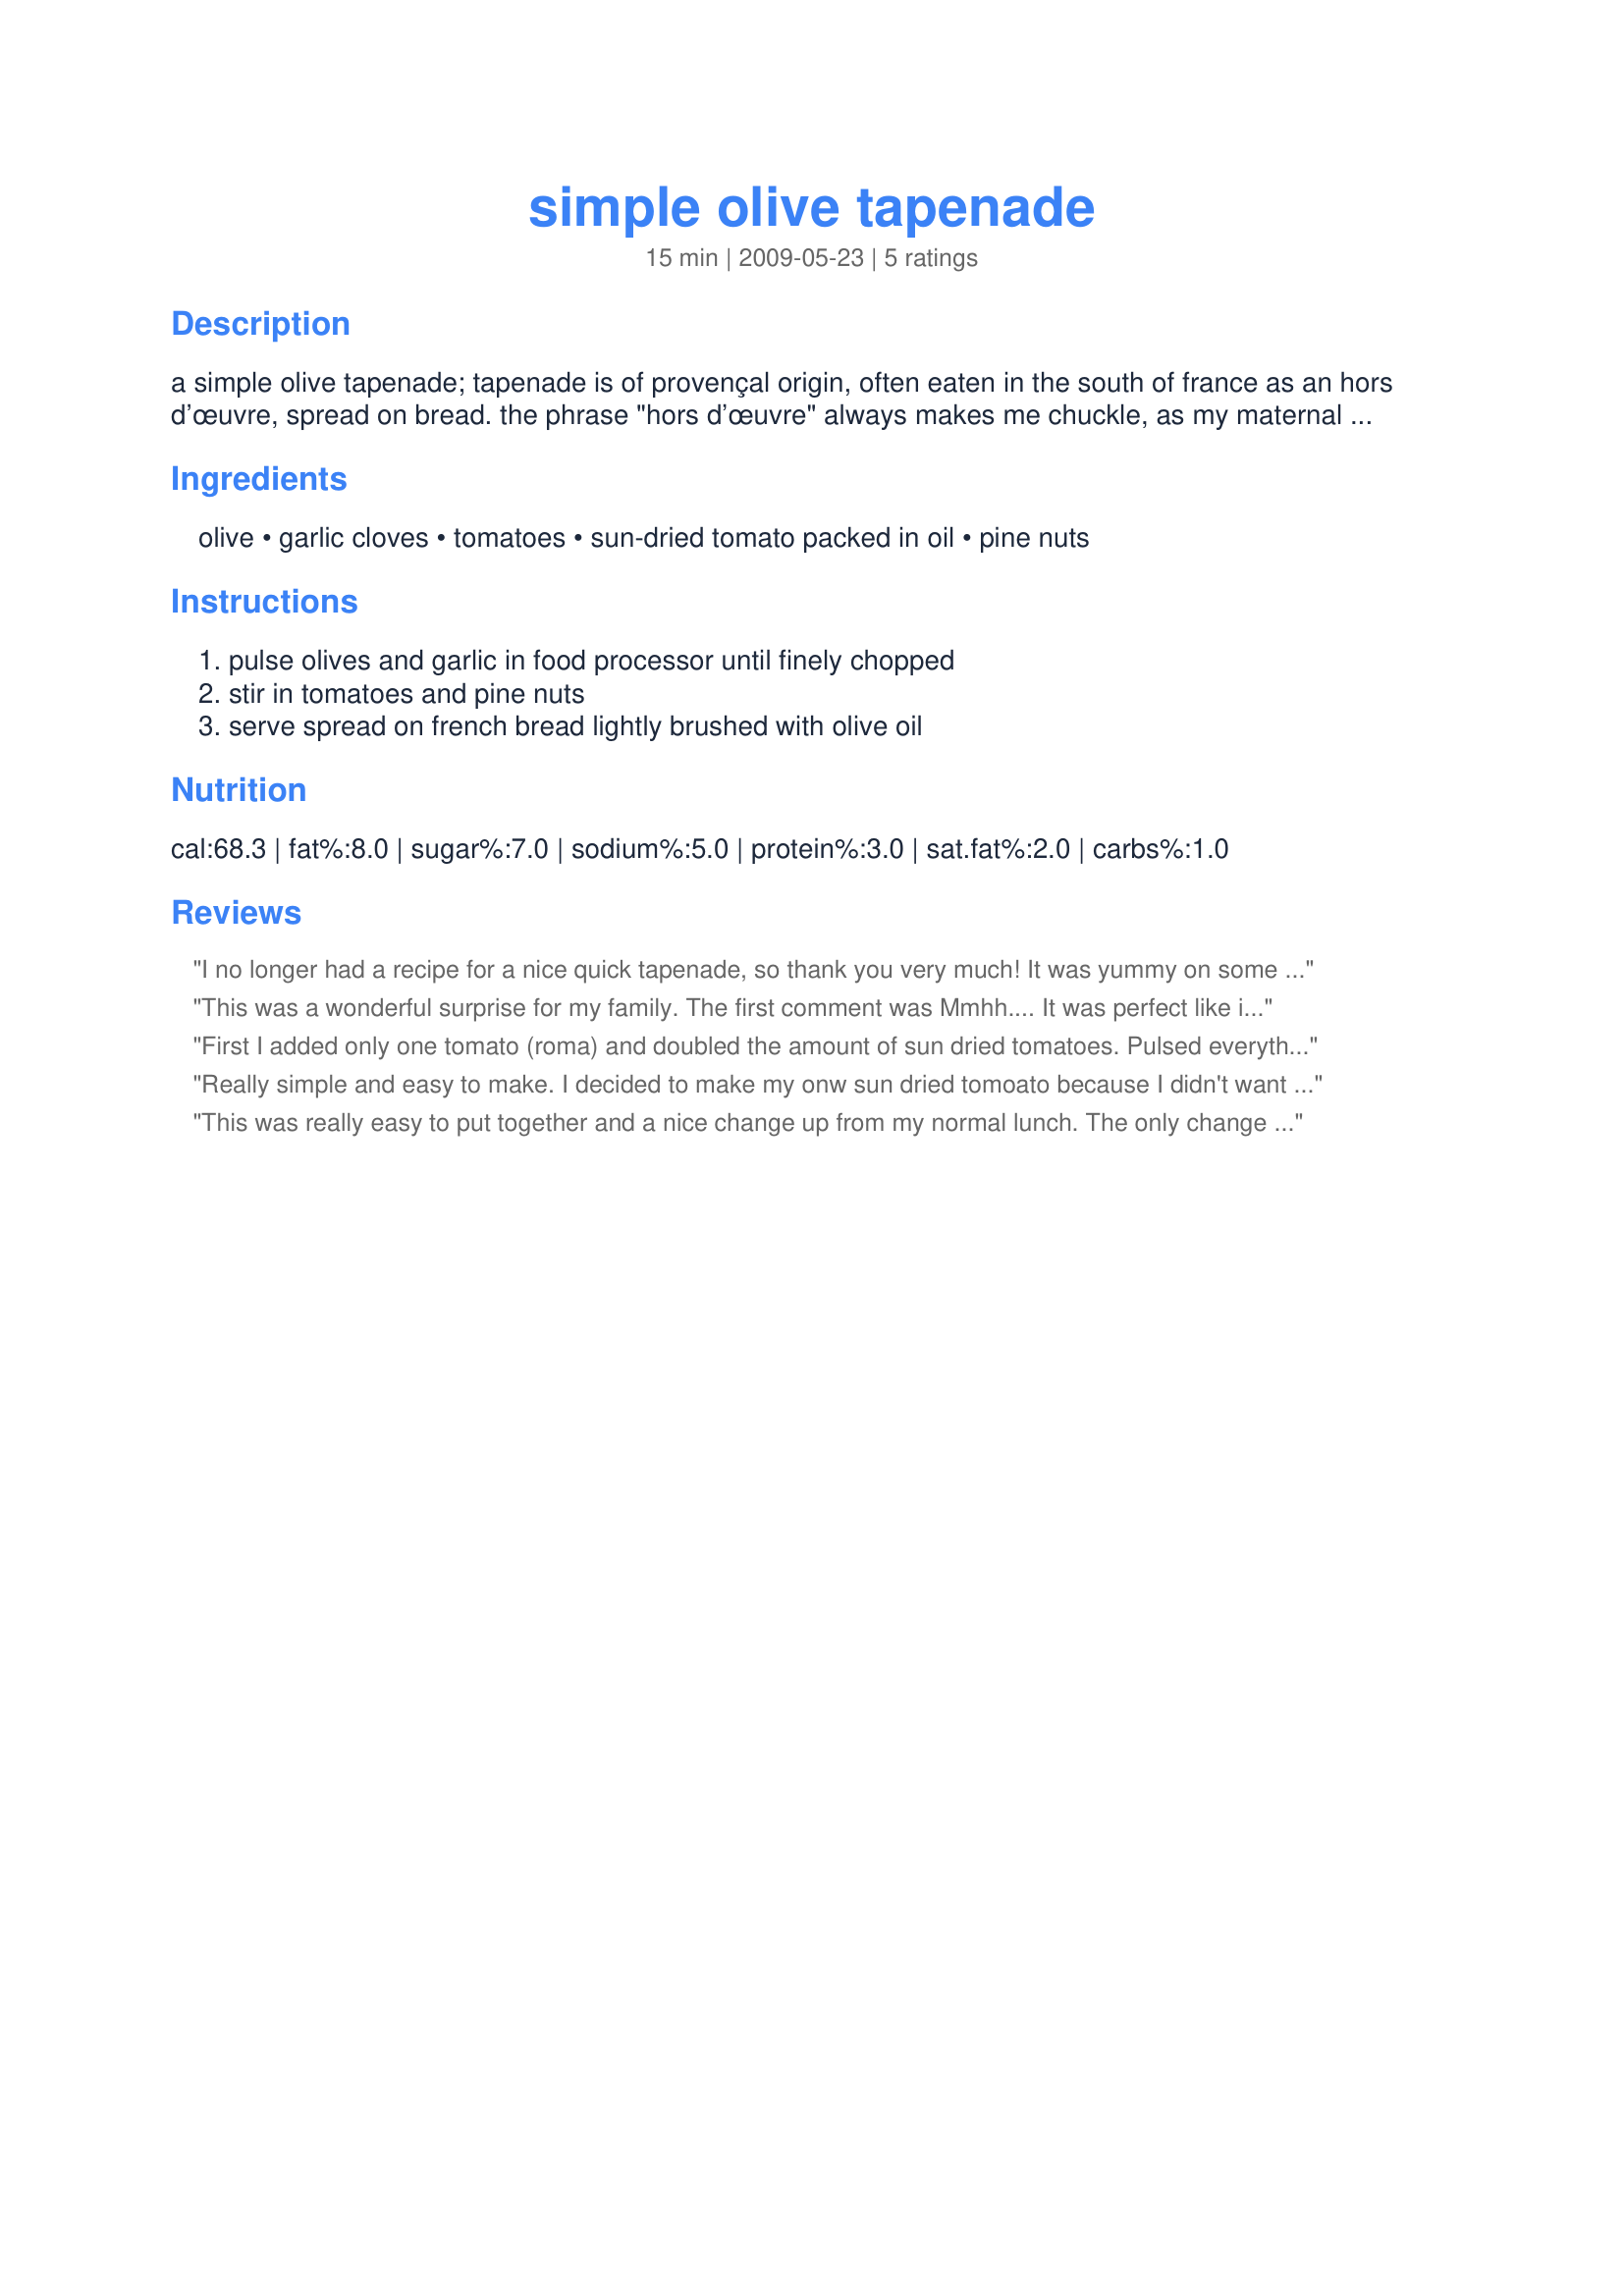
simple olive tapenade
Preparation time: 15 minutes

a simple olive tapenade; tapenade is of provençal origin, often eaten in the south of france as an hors d’œuvre, spread on bread. the phrase "hors d’œuvre" always makes me chuckle, as my maternal grandma literally pronounced it exactly as it looks... "are we having any horse doo vers?"

Ingredients:
olive, garlic cloves, tomatoes, sun-dried tomato packed in oil, pine nuts

Steps:
pulse olives and garlic in food processor until finely chopped, stir in tomatoes and pine nuts, serve spread on french bread lightly brushed with olive oil

Reviews:
I no longer had a recipe for a nice quick tapenade, so thank you very much! It was yummy on some good crackers since we were having bread with dinner!
Tasted just like we had in Paris this spring!
This was a wonderful surprise for my family. The first comment was Mmhh.... It was perfect like it is. I did not add any spices or salt.Thanks a lot for sharing. I am sure this will appear on our table, especially during summertime dinners in our garden!
First I added only one tomato (roma) and doubled the amount of sun dried tomatoes. Pulsed everything and I have forgotten how quick, easy and delicious tapenade is to prepare. I really need to add it to the menu more often. Used a variety of imported olives including nicoise and I'm sure one or two Greek/Italian olives sneaked in the back door. The tomatoes and various olives including green ones were an added color bonus, too. No salt (the olives were quite salty on their own) and lightly drizzled with extra virgin olive oil for presentation. Recipe was required to prepare this recipe: Recipe #229763 and read how I showcased the tapenade . Thank you!
Really simple and easy to make. I decided to make my onw sun dried tomoato because I didn't want to buy any. I just took half of a large tomato and baked it in the oven for this recipe. It's a really nice blend of everything, although I did use mainly black and green olives.
This was really easy to put together and a nice change up from my normal lunch. The only change I made was to use cherry tomatoes simply because it was what I had. I used some of the oil from my sun-dried tomatoes to brush the bread instead of plain olive oil. Made for Veggie swap.
